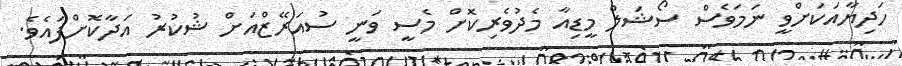
ހަދިޔާއަކަށްވީ ނަމަވެސް ސޯޝަލް މީޑިއާ މެދުވެރިކޮށް މެސީ ވަނީ ސުއަރޭޒްއަށް ޝުކުރު އަދާކޮށްފައެވެ.